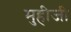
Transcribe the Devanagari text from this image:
मुहीजी